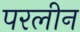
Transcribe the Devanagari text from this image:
परलीन